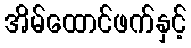
အိမ်ထောင်ဖက်နှင့်